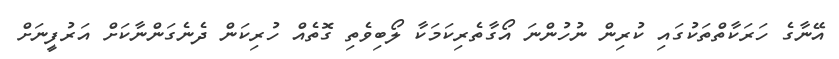
އޭނާގެ ހަރަކާތްތަކުގައި ކުރިން ނުހުންނަ އޯގާތެރިކަމަކާ ލޯބިވެތި ގޮތެއް ހުރިކަން ދެނެގަންނާކަށް އަރުފީނަށް